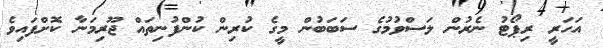
އަހަރީ ރިޕޯޓު ނެރުން ލަސްވުމުގެ ސަބަބުން މީގެ ކުރިން ކުންފުނިތައް ޖޫރިމަނާ ކޮށްފައިވެ